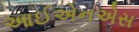
આઈએનએસ